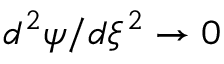
d ^ { 2 } \psi / d \xi ^ { 2 } \rightarrow 0